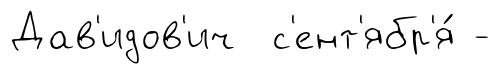
Дав'идов'ич с'ент'ябр'я́ -